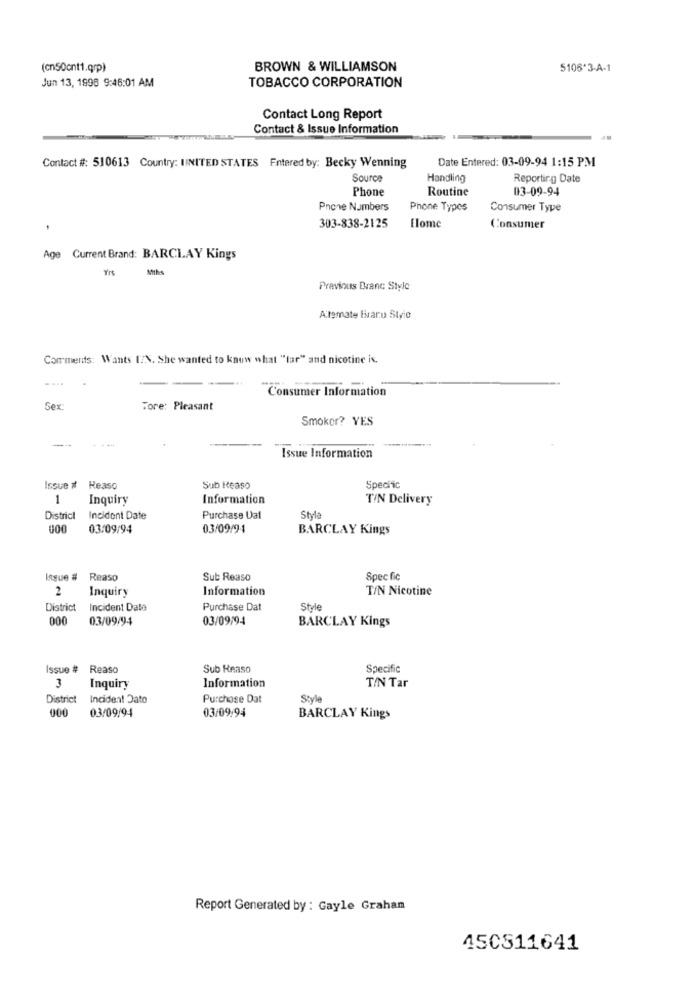
(cn50cnt1.qrp)
BROWN & WILLIAMSON
5106*3-A-1
Jun 13, 1998 9:46:01 AM
TOBACCO CORPORATION
Contact Long Report
Contact & Issue Information
Date Entered: 03-09-94 1:15 PM
Contact #: 510613 Country: UNITED STATES Entered by: Becky Wenning
Source
Handling
Reporting Date
Phone
Routine
03-09-94
Phone Numbers
Phone Types
Consumer Type
303-838-2125
Home
Consumer
Age Current Brand: BARCLAY Kings
Miths
Previous Branc Style
Automaty Hivaru Stylo
Comments: Wants [/N. She wanted to know what "lar" and nicotine iv.
-
Consumer Information
Sex
Tore: Pleasant
Smokor? YES
--
Issue Information
Issue # Reaso
Sub Heaso
Specific
1
Inquiry
Information
TIN Delivery
District
Incident Date
Purchase Dat
Styl
000
03/09/94
03/09/91
BARCLAY Kings
Issue #
Reaso
Sub Reaso
Spec fic
2
Inquiry
Information
T/N Nicotine
District
Incident Data
Purchase Dat
Style
000
03/09/94
03/09/94
BARCLAY Kings
Issue #
Reaso
Sub Reaso
Specific
3
Inquiry
Information
T/N Tar
District
Incident Dato
Purchose Dat
Style
03/09/94
03/09:94
000
BARCLAY Kings
Report Generated by : Gayle Grahan
45CS11641